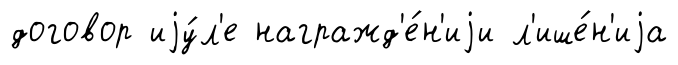
договор иjу́л'е награжд'е́н'иjи л'ише́н'иjа